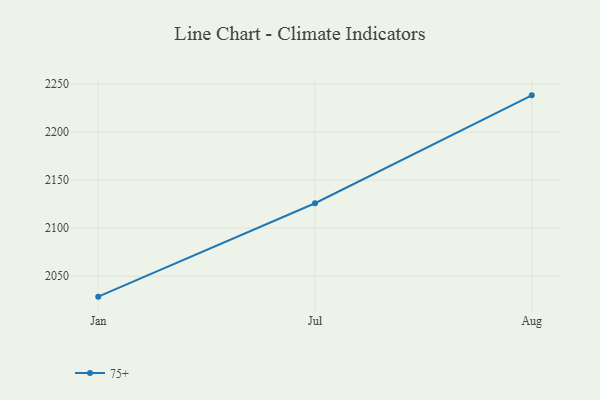
{"axis": {"x": "Month", "y": "Temperature (°C)"}, "legend": ["75+"], "data": [{"x": "Jan", "y": 2028.6, "type": "75+"}, {"x": "Jul", "y": 2125.9, "type": "75+"}, {"x": "Aug", "y": 2238.3, "type": "75+"}]}